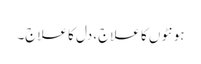
ہونٹوں کا علاج، دل کا علاج۔